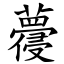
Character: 蘉